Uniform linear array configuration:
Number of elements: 16
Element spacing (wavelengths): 0.25
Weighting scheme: uniform
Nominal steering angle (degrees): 60
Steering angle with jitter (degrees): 61.499
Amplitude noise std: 0.05
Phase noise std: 0.05

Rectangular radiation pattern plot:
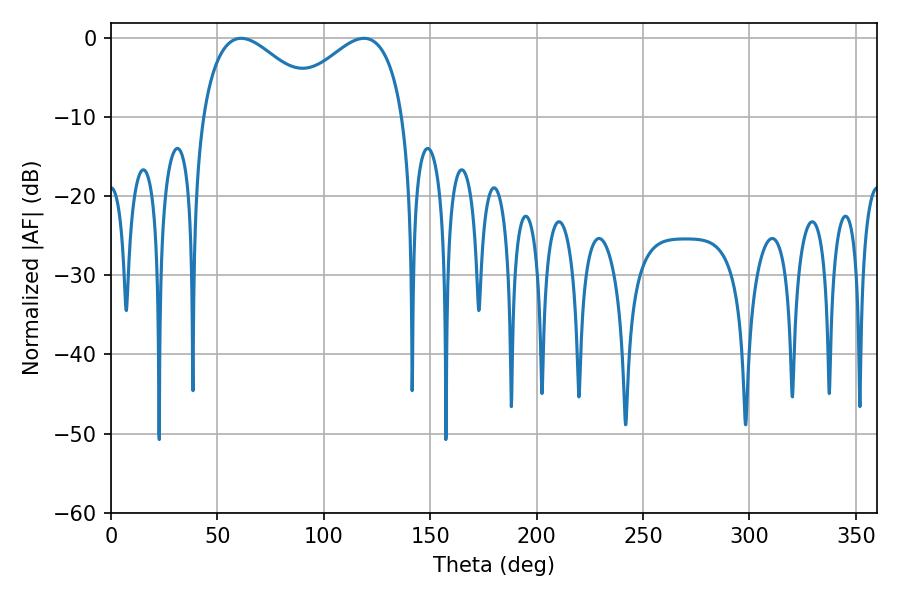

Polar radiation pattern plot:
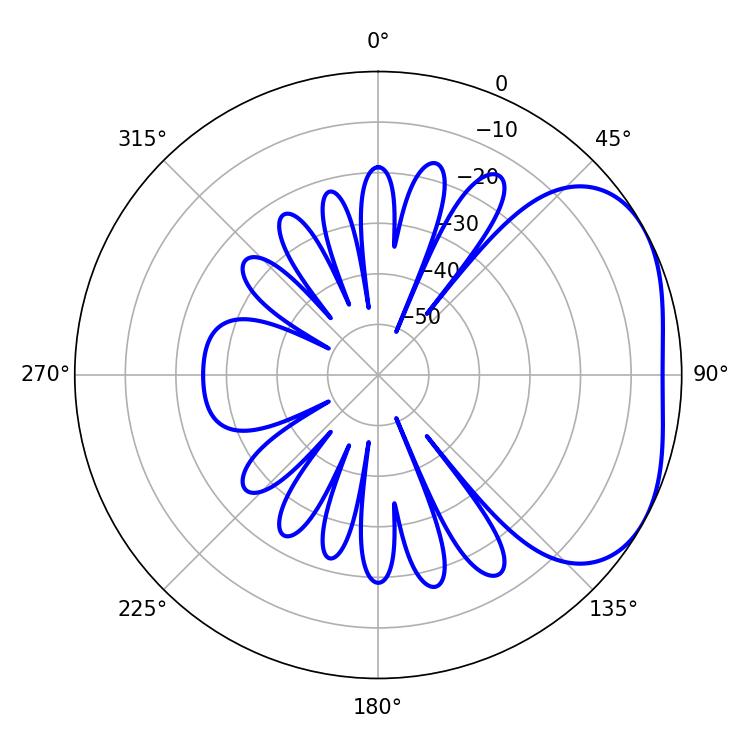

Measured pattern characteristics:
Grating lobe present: FALSE
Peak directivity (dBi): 3.19
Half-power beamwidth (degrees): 30.96
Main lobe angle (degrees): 61.2